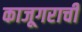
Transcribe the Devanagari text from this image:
काजूगराची